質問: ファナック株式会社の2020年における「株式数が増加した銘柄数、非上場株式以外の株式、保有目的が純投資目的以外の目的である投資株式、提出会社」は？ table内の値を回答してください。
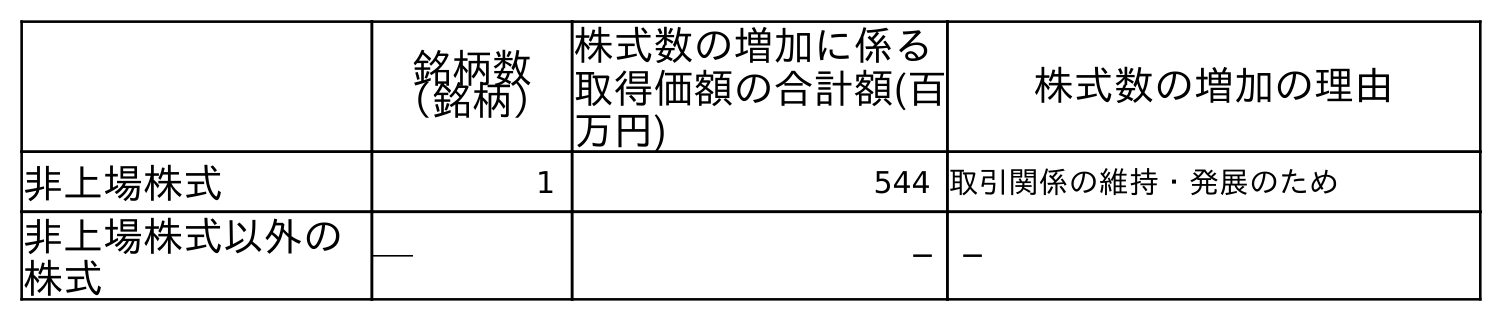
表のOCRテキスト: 銘柄数 （銘柄） 株式数の増加に係る 取得価額の合計額(百 万円) 株式数の増加の理由 非上場株式 1 544 取引関係の維持・発展のため 非上場株式以外の 株式 ─ ─ ─
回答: ─